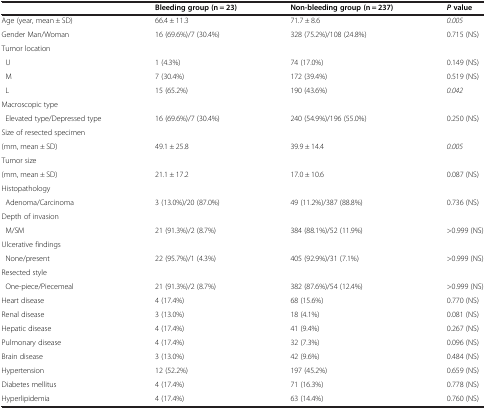
<table><thead><tr><td><b> </b></td><td><b>Bleeding group (n = 23)</b></td><td><b>Non-bleeding group (n = 237)</b></td><td><b><i>P </i>value</b></td></tr></thead><tbody><tr><td>Age (year, mean ± SD)</td><td>66.4 ± 11.3</td><td>71.7 ± 8.6</td><td><i>0.005</i></td></tr><tr><td>Gender Man/Woman</td><td>16 (69.6%)/7 (30.4%)</td><td>328 (75.2%)/108 (24.8%)</td><td>0.715 (NS)</td></tr><tr><td>Tumor location</td><td> </td><td> </td><td> </td></tr><tr><td> U</td><td>1 (4.3%)</td><td>74 (17.0%)</td><td>0.149 (NS)</td></tr><tr><td> M</td><td>7 (30.4%)</td><td>172 (39.4%)</td><td>0.519 (NS)</td></tr><tr><td> L</td><td>15 (65.2%)</td><td>190 (43.6%)</td><td><i>0.042</i></td></tr><tr><td>Macroscopic type</td><td> </td><td> </td><td> </td></tr><tr><td> Elevated type/Depressed type</td><td>16 (69.6%)/7 (30.4%)</td><td>240 (54.9%)/196 (55.0%)</td><td>0.250 (NS)</td></tr><tr><td>Size of resected specimen</td><td> </td><td> </td><td> </td></tr><tr><td>(mm, mean ± SD)</td><td>49.1 ± 25.8</td><td>39.9 ± 14.4</td><td><i>0.005</i></td></tr><tr><td>Tumor size</td><td> </td><td> </td><td> </td></tr><tr><td>(mm, mean ± SD)</td><td>21.1 ± 17.2</td><td>17.0 ± 10.6</td><td>0.087 (NS)</td></tr><tr><td>Histopathology</td><td> </td><td> </td><td> </td></tr><tr><td> Adenoma/Carcinoma</td><td>3 (13.0%)/20 (87.0%)</td><td>49 (11.2%)/387 (88.8%)</td><td>0.736 (NS)</td></tr><tr><td>Depth of invasion</td><td> </td><td> </td><td> </td></tr><tr><td> M/SM</td><td>21 (91.3%)/2 (8.7%)</td><td>384 (88.1%)/52 (11.9%)</td><td>&gt;0.999 (NS)</td></tr><tr><td>Ulcerative findings</td><td> </td><td> </td><td> </td></tr><tr><td> None/present</td><td>22 (95.7%)/1 (4.3%)</td><td>405 (92.9%)/31 (7.1%)</td><td>&gt;0.999 (NS)</td></tr><tr><td>Resected style</td><td> </td><td> </td><td> </td></tr><tr><td> One-piece/Piecemeal</td><td>21 (91.3%)/2 (8.7%)</td><td>382 (87.6%)/54 (12.4%)</td><td>&gt;0.999 (NS)</td></tr><tr><td>Heart disease</td><td>4 (17.4%)</td><td>68 (15.6%)</td><td>0.770 (NS)</td></tr><tr><td>Renal disease</td><td>3 (13.0%)</td><td>18 (4.1%)</td><td>0.081 (NS)</td></tr><tr><td>Hepatic disease</td><td>4 (17.4%)</td><td>41 (9.4%)</td><td>0.267 (NS)</td></tr><tr><td>Pulmonary disease</td><td>4 (17.4%)</td><td>32 (7.3%)</td><td>0.096 (NS)</td></tr><tr><td>Brain disease</td><td>3 (13.0%)</td><td>42 (9.6%)</td><td>0.484 (NS)</td></tr><tr><td>Hypertension</td><td>12 (52.2%)</td><td>197 (45.2%)</td><td>0.659 (NS)</td></tr><tr><td>Diabetes mellitus</td><td>4 (17.4%)</td><td>71 (16.3%)</td><td>0.778 (NS)</td></tr><tr><td>Hyperlipidemia</td><td>4 (17.4%)</td><td>63 (14.4%)</td><td>0.760 (NS)</td></tr></tbody></table>